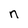
Character: n